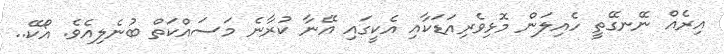
އިރެއް ނޭނގޭތީ ހެއިލަން މޮޅިވެރިއަޑަކާއި އެކީގައި އޭނާ ކުރާނެ މަސައްކަތް ބުނެލިއެވެ. އޯކޭ..